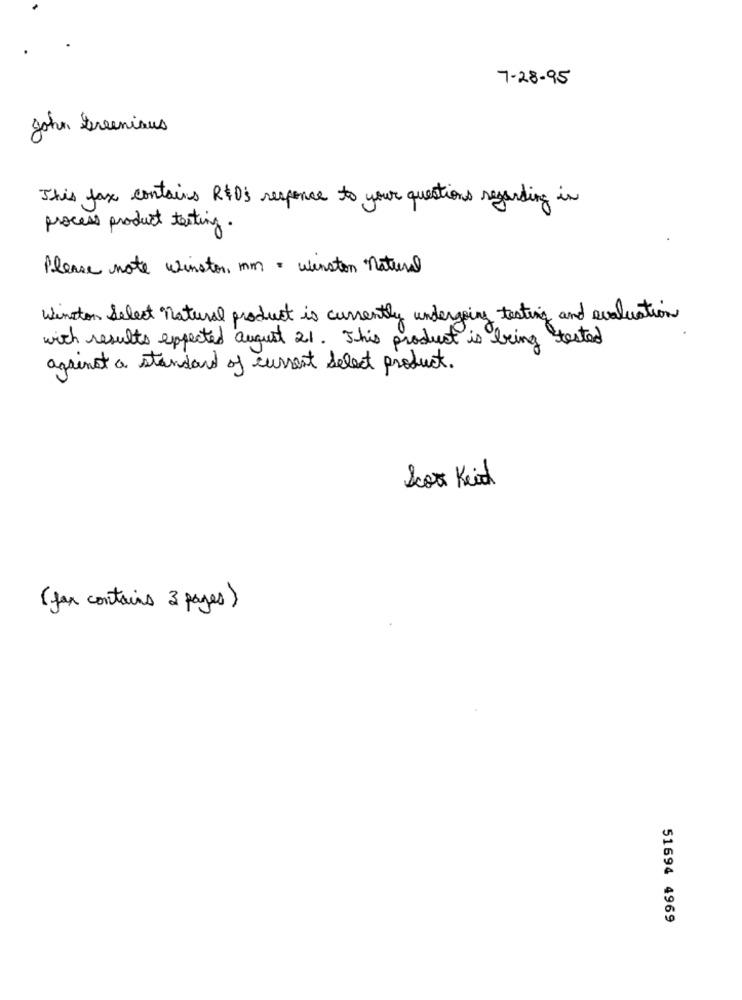
7-28- 95
John Greeniaus
This fax contains R$D's response to your questions regarding in
process product testing.
Please note winston, mm = winston natural
winston Select natural product is currently undergoing testing and evaluation
with results expected august 21. This product is being tested
against a standard of current Select product.
Scor Kid
( fax contains 3 pages )
51694 4969